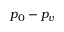
p _ { 0 } - p _ { v }